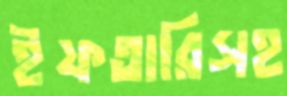
ইফতারিসহ